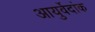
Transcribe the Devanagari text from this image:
आयुर्वेदांक